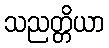
သညတ္တိယာ